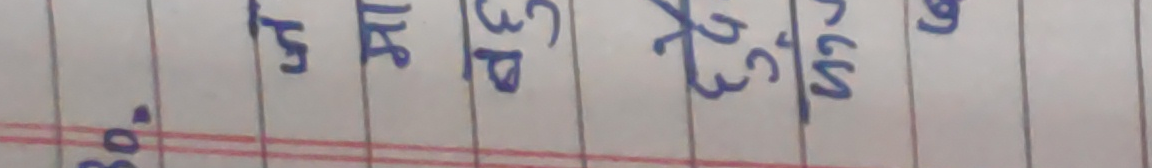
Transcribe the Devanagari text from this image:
४
१५
३२
२३
७०९